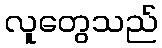
လူတွေသည်